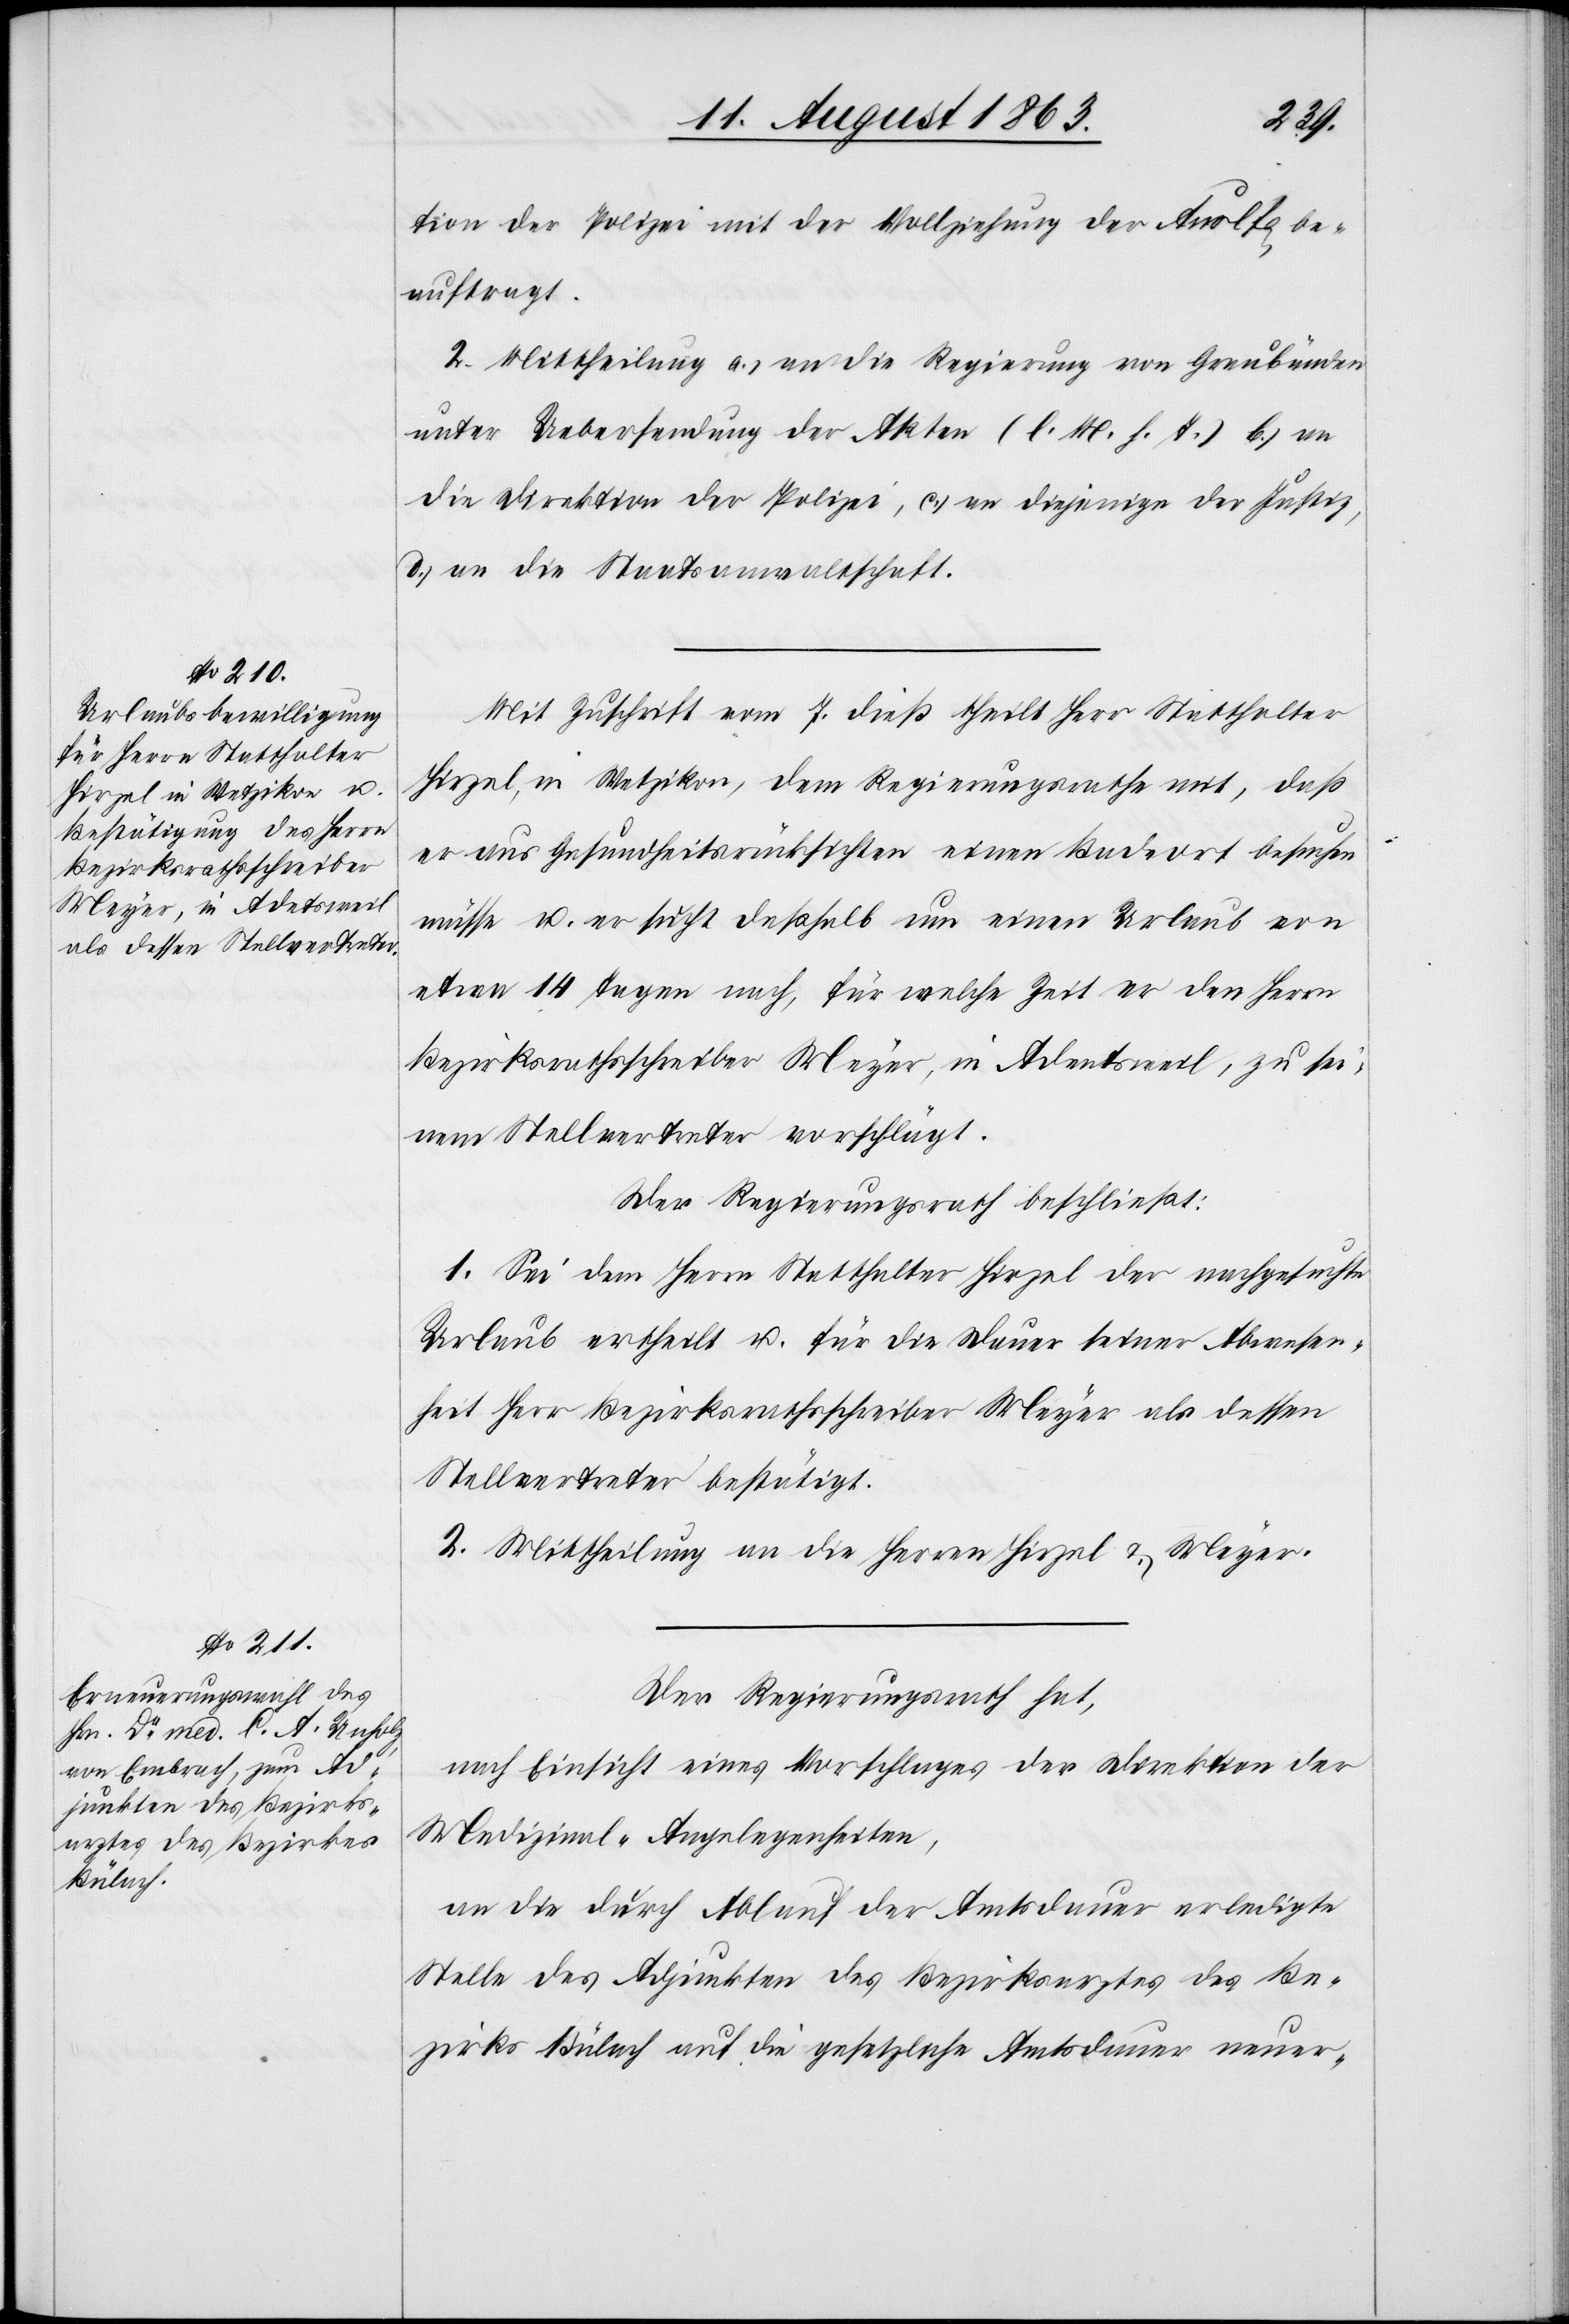
tion der Polizei mit der Vollziehung der Auslfg. be¬
auftragt.
2. Mittheilung a.) an die Regierung von Graubünden
unter Uebersendung der Akten (l. M. h. T.) b.) an
die Direktion der Polizei, c.) an diejenige der Justiz,
d.) an die Staatsanwaltschaft.
Mit Zuschrift vom 7. dieß theilt Herr Statthalter
Hirzel, in Wetzikon, dem Regierungsrathe mit, daß
er aus Gesundheitsrücksichten einen Badeort besuchen
müsse u. er sucht deßhalb um einen Urlaub von
etwa 14 Tagen nach, für welche Zeit er den Herrn
Bezirksrathsschreiber Meyer, in Adentsweil [sic!], zu sei¬
nem Stellvertreter vorschlägt.
Der Regierungsrath beschließt:
1. Sei dem Herrn Statthalter Hirzel der nachgesuchte
Urlaub ertheilt u. für die Dauer seiner Abwesen¬
heit Herr Bezirksrathsschreiber Meyer als dessen
Stellvertreter bestätigt.
2. Mittheilung an die Herren Hirzel & Meyer.
Der Regierungsrath hat,
nach Einsicht eines Vorschlages der Direktion der
Medizinal-Angelegenheiten,
an die durch Ablauf der Amtsdauer erledigte
Stelle des Adjunkten des Bezirksarztes des Be¬
zirks Bülach auf die gesetzliche Amtsdauer neuer-